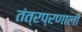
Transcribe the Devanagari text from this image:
तंत्रप्रणाली